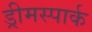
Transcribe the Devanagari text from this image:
ड्रीमस्पार्क